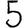
Digit: 5